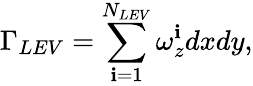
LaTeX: \Gamma_{LEV}=\sum_{\mathbf{i}=1}^{N_{LEV}}\omega_{z}^{\mathbf{i}}dxdy,